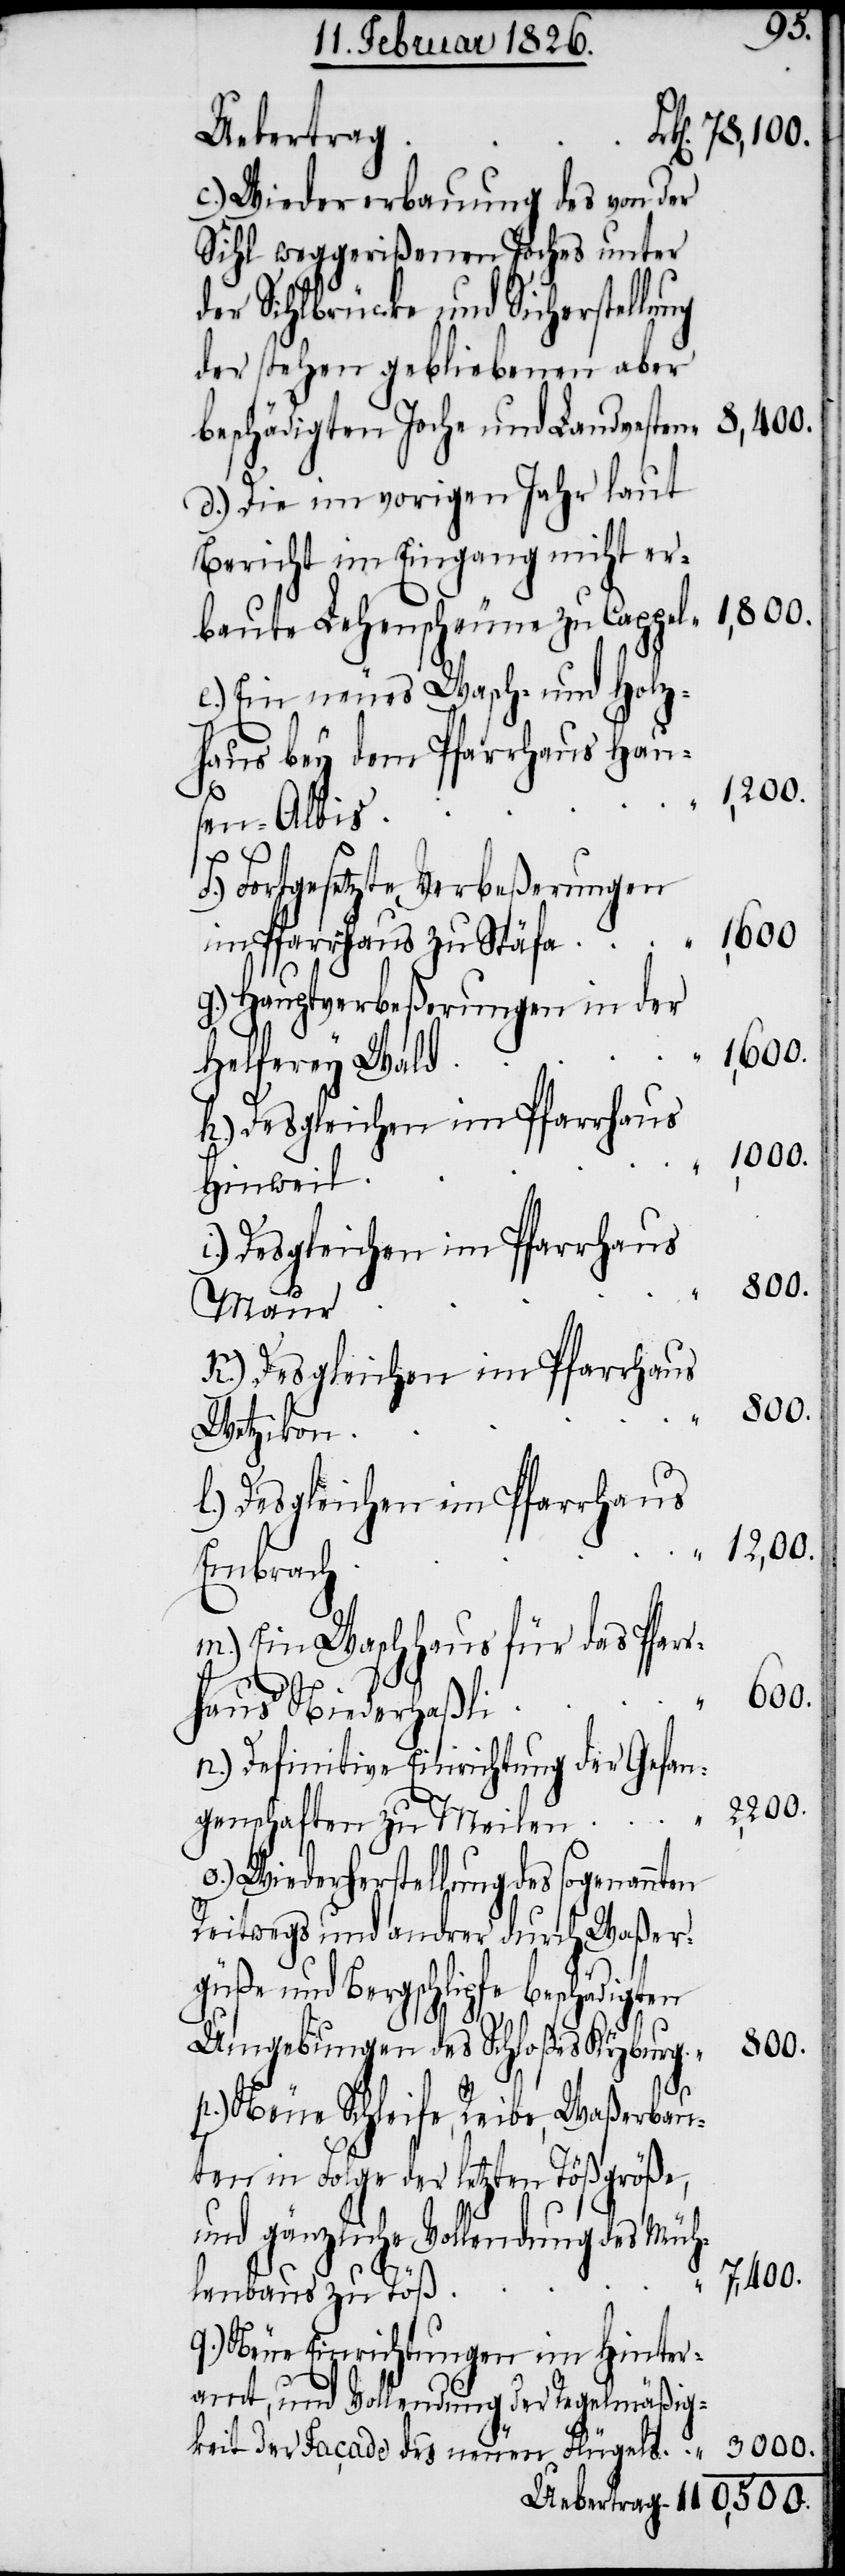
Uebertrag
c.) Wiedererbauung des von der
Sihl weggerißenen Joches unter
der Sihlbrücke und Sicherstellung
der stehen gebliebenen aber
beschädigten Joche und Landvesten
d.) Die im vorigen Jahr laut
Bericht im Eingang nicht er¬
baute Lehenscheuen zu Cappel
e.) Ein neues Wasch- und Holz¬
haus bey dem Pfarrhaus Hau¬
sen-Albis
Fortgesetzte Verbeßerungen
g.) Hauptverbeßerungen in der
Helferey Wald
k.) Desgleichen im Pfarrhaus
Hinweil
Maur
Wetzikon
l.) Desgleichen im Pfarrhaus
Embrach
m.) Ein Waschhaus für das Pfar¬
600.
r¬
haus Niederhaßli
n.) Definitive Einrichtung der Gefan¬
7,400.
genschaften zu Meilen
o.) Wiederherstellung des sogenann¬
Reitwegs und andrer durch Waßer¬
güße und Bergschlipfe beschädigten
Umgebungen des Schloßes Kyburg
3000.
ten
p.) Neue Schleife, Reibe, Waßerbau¬
ten in Folge der letzten Tößgröße,
und gänzliche Vollendung des Müh¬
lenbaus zu Töß
q.) Neue Einrichtungen im Hinter¬
amt, und Vollendung der Regelmäßig¬
keit der Façade des neuen Flügels